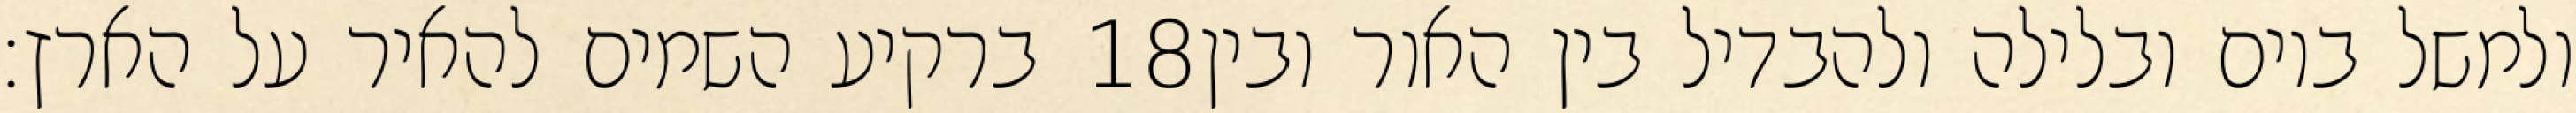
ברקיע השמים להאיר על הארץ׃ ‎18‏ ולמשל ביום ובלילה ולהבדיל בין האור ובין